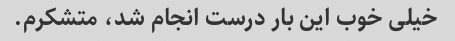
خیلی خوب این بار درست انجام شد، متشکرم.